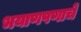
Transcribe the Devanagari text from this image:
भयाणपणाचे